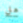
هل